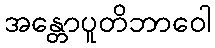
အန္တောပူတိဘာဝေါ